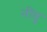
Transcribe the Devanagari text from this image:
नीयु